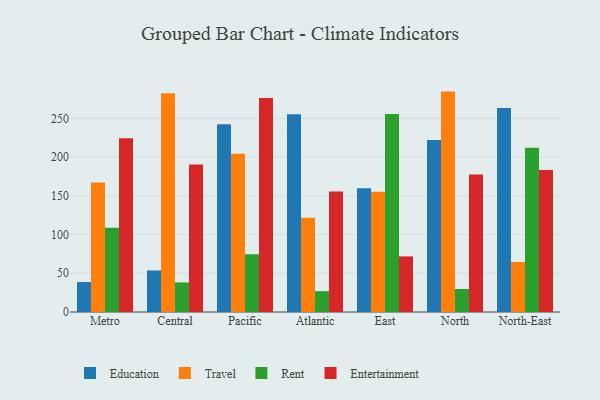
{"axis": {"x": "Region", "y": "Shipments"}, "legend": ["Education", "Entertainment", "Rent", "Travel"], "data": [{"x": "Metro", "y": 38.7, "type": "Education"}, {"x": "Metro", "y": 167.1, "type": "Travel"}, {"x": "Metro", "y": 108.7, "type": "Rent"}, {"x": "Metro", "y": 224.4, "type": "Entertainment"}, {"x": "Central", "y": 53.6, "type": "Education"}, {"x": "Central", "y": 282.4, "type": "Travel"}, {"x": "Central", "y": 38.2, "type": "Rent"}, {"x": "Central", "y": 190.4, "type": "Entertainment"}, {"x": "Pacific", "y": 242.6, "type": "Education"}, {"x": "Pacific", "y": 204.5, "type": "Travel"}, {"x": "Pacific", "y": 74.6, "type": "Rent"}, {"x": "Pacific", "y": 276.4, "type": "Entertainment"}, {"x": "Atlantic", "y": 255.3, "type": "Education"}, {"x": "Atlantic", "y": 121.7, "type": "Travel"}, {"x": "Atlantic", "y": 26.9, "type": "Rent"}, {"x": "Atlantic", "y": 155.7, "type": "Entertainment"}, {"x": "East", "y": 159.9, "type": "Education"}, {"x": "East", "y": 155.2, "type": "Travel"}, {"x": "East", "y": 255.7, "type": "Rent"}, {"x": "East", "y": 71.8, "type": "Entertainment"}, {"x": "North", "y": 222.2, "type": "Education"}, {"x": "North", "y": 284.6, "type": "Travel"}, {"x": "North", "y": 29.7, "type": "Rent"}, {"x": "North", "y": 177.5, "type": "Entertainment"}, {"x": "North-East", "y": 263.5, "type": "Education"}, {"x": "North-East", "y": 64.6, "type": "Travel"}, {"x": "North-East", "y": 212.2, "type": "Rent"}, {"x": "North-East", "y": 183.4, "type": "Entertainment"}]}